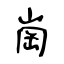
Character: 崗